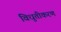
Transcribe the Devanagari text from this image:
विधुतीकरण